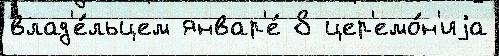
влад'е́льцем январ'е́ 8 цер'емо́н'иjа